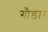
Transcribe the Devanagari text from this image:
गौडार